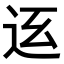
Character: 𨑼